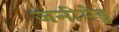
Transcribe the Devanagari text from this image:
जनीमेडु